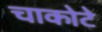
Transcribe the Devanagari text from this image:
चाकोटे